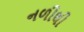
નળીથી